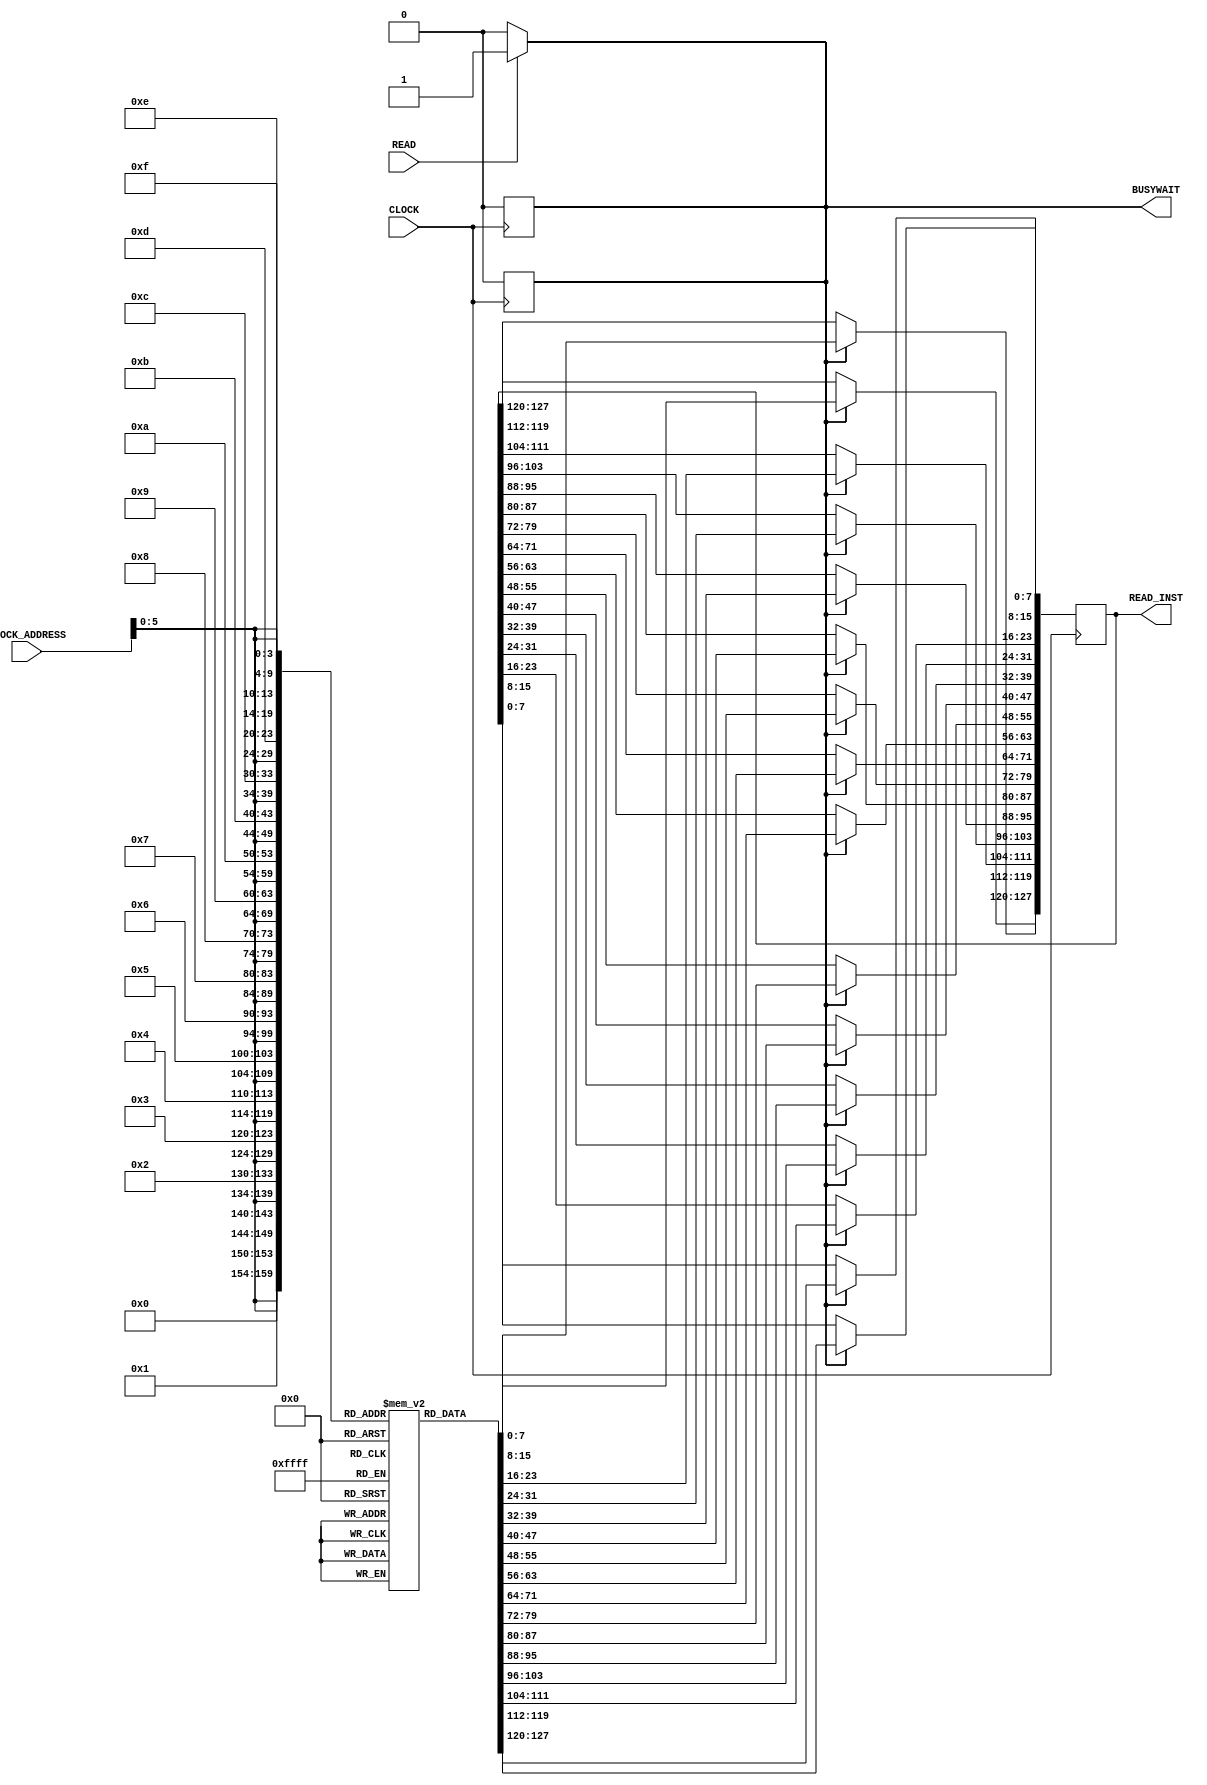
//timescale directive sets the base time unit and precision for the simulation. In this example, it sets the base time unit to 
//1 nanosecond and the precision to 100 picoseconds. 
`timescale 1ns/100ps

module INSTRUCTION_MEMORY(CLOCK, READ, BLOCK_ADDRESS, READ_INST, BUSYWAIT);

input CLOCK, READ;
input [27:0] BLOCK_ADDRESS;
output reg[127:0] READ_INST;
output reg BUSYWAIT;

reg READACCESS;

// declare memory array of 1024 bytes
reg [7:0] MEM_ARRAY [1023:0];

//Initialize instruction memory
initial
begin
	BUSYWAIT = 0;
	READACCESS = 0;
	// $readmemb("instr_mem.mem", MEM_ARRAY);      // LOAD instructions from instr_mem.mem file
    
    // Sample program given below. You may hardcode your software program here, or load it from a file:
         {MEM_ARRAY[32'd03], MEM_ARRAY[32'd02], MEM_ARRAY[32'd01], MEM_ARRAY[32'd00]} <= 32'b10001111000100001000000010010011;           
         {MEM_ARRAY[32'd07], MEM_ARRAY[32'd06], MEM_ARRAY[32'd05], MEM_ARRAY[32'd04]} <= 32'b00000000000000000000000000000000;           
         {MEM_ARRAY[32'd11], MEM_ARRAY[32'd10], MEM_ARRAY[32'd09], MEM_ARRAY[32'd08]} <= 32'b00000000000000000000000000000000;         
         {MEM_ARRAY[32'd15], MEM_ARRAY[32'd14], MEM_ARRAY[32'd13], MEM_ARRAY[32'd12]} <= 32'b00000000000000001111011000010011;       
         {MEM_ARRAY[32'd19], MEM_ARRAY[32'd18], MEM_ARRAY[32'd17], MEM_ARRAY[32'd16]} <= 32'b00000000000000000000000000000000;       
         {MEM_ARRAY[32'd23], MEM_ARRAY[32'd22], MEM_ARRAY[32'd21], MEM_ARRAY[32'd20]} <= 32'b00000000000000000000000000000000;       
         {MEM_ARRAY[32'd27], MEM_ARRAY[32'd26], MEM_ARRAY[32'd25], MEM_ARRAY[32'd24]} <= 32'b00000000000101100000000010100011;       
         {MEM_ARRAY[32'd31], MEM_ARRAY[32'd30], MEM_ARRAY[32'd29], MEM_ARRAY[32'd28]} <= 32'b00000000000000000000000000000000;      
         {MEM_ARRAY[32'd35], MEM_ARRAY[32'd34], MEM_ARRAY[32'd33], MEM_ARRAY[32'd32]} <= 32'b00000000000000000000000000000000;
         {MEM_ARRAY[32'd39], MEM_ARRAY[32'd38], MEM_ARRAY[32'd37], MEM_ARRAY[32'd36]} <= 32'b11110010001101100000000100000011;
         {MEM_ARRAY[32'd43], MEM_ARRAY[32'd42], MEM_ARRAY[32'd41], MEM_ARRAY[32'd40]} <= 32'b00000000000000000000000000000000;
         {MEM_ARRAY[32'd47], MEM_ARRAY[32'd46], MEM_ARRAY[32'd45], MEM_ARRAY[32'd44]} <= 32'b11110010110000001010000110100011;
         {MEM_ARRAY[32'd51], MEM_ARRAY[32'd50], MEM_ARRAY[32'd49], MEM_ARRAY[32'd48]} <= 32'b11110010001100001010011010000011;
         {MEM_ARRAY[32'd55], MEM_ARRAY[32'd54], MEM_ARRAY[32'd53], MEM_ARRAY[32'd52]} <= 32'b00000000000000000000000000000000;
         {MEM_ARRAY[32'd59], MEM_ARRAY[32'd58], MEM_ARRAY[32'd57], MEM_ARRAY[32'd56]} <= 32'b00000000000000000000000000000000;
         {MEM_ARRAY[32'd63], MEM_ARRAY[32'd62], MEM_ARRAY[32'd61], MEM_ARRAY[32'd60]} <= 32'b11110010110100001010000110100011;

end

//Detecting an incoming memory access
always @(READ)
begin
    BUSYWAIT = (READ)? 1 : 0;
    READACCESS = (READ)? 1 : 0;
end

// reading the memory block from the memory 
always @(posedge CLOCK ) begin
    if (READACCESS) begin
        READ_INST[7:0]      = #40 MEM_ARRAY[{BLOCK_ADDRESS,4'b0000}];    // convert byte address into block
        READ_INST[15:8]     = #40 MEM_ARRAY[{BLOCK_ADDRESS,4'b0001}];
        READ_INST[23:16]    = #40 MEM_ARRAY[{BLOCK_ADDRESS,4'b0010}];
        READ_INST[31:24]    = #40 MEM_ARRAY[{BLOCK_ADDRESS,4'b0011}];
        READ_INST[39:32]    = #40 MEM_ARRAY[{BLOCK_ADDRESS,4'b0100}];
        READ_INST[47:40]    = #40 MEM_ARRAY[{BLOCK_ADDRESS,4'b0101}];
        READ_INST[55:48]    = #40 MEM_ARRAY[{BLOCK_ADDRESS,4'b0110}];
        READ_INST[63:56]    = #40 MEM_ARRAY[{BLOCK_ADDRESS,4'b0111}];
        READ_INST[71:64]    = #40 MEM_ARRAY[{BLOCK_ADDRESS,4'b1000}];
        READ_INST[79:72]    = #40 MEM_ARRAY[{BLOCK_ADDRESS,4'b1001}];
        READ_INST[87:80]    = #40 MEM_ARRAY[{BLOCK_ADDRESS,4'b1010}];
        READ_INST[95:88]    = #40 MEM_ARRAY[{BLOCK_ADDRESS,4'b1011}];
        READ_INST[103:96]   = #40 MEM_ARRAY[{BLOCK_ADDRESS,4'b1100}];
        READ_INST[111:104]  = #40 MEM_ARRAY[{BLOCK_ADDRESS,4'b1101}];
        READ_INST[119:112]  = #40 MEM_ARRAY[{BLOCK_ADDRESS,4'b1110}];
        READ_INST[127:120]  = #40 MEM_ARRAY[{BLOCK_ADDRESS,4'b1111}];

        BUSYWAIT = 0;                      // set the busywait and readaccess to low
        READACCESS = 0;
    end
end

endmodule